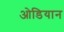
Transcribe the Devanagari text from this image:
ओडियान